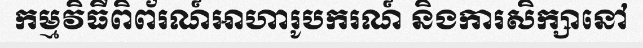
កម្មវិធីពិព័រណ៍អាហារូបករណ៍ និងការសិក្សានៅ